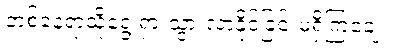
တစ်နေရာသို့ရွေ့ရှားသွားလာနိုင်ခြင်းမရှိကြချေ။